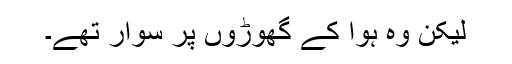
لیکن وہ ہوا کے گھوڑوں پر سوار تھے۔